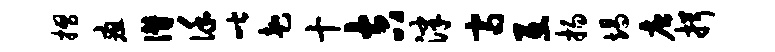
摺疽僭谨喈赴十吉津齐互扬竭唐揖